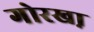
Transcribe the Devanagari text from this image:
गोरखा़